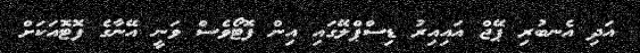
އަދި އެނބުރި ޕޭޖް އައިއިރު ޑިސްޕްލޭގައި އިން ފޮޓޯވެސް ވަނީ އޭނާގެ ފޮޓޮއަކަށް